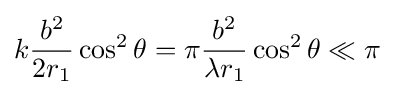
k{\frac {b^{2}}{2{r_{1}}}}\cos ^{2}\theta =\pi {\frac {b^{2}}{\lambda r_{1}}}\cos ^{2}\theta \ll \pi